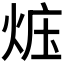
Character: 𪸱